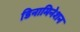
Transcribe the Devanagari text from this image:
डिनामिनेशन